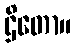
ဌိတော။